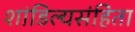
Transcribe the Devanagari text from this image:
शांडिल्यसंहिता